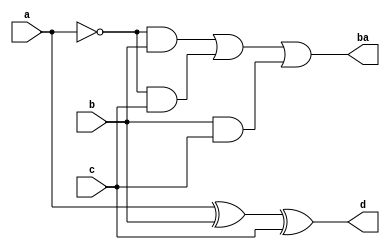
`timescale 1ns / 1ps
//////////////////////////////////////////////////////////////////////////////////

// ID     : N180116
//Branch  : ECE
//Project : RTL design using Verilog
//Title   : Full substractor using Gate Level Model
//Module  : Design module
//RGUKT NUZVID 
//////////////////////////////////////////////////////////////////////////////////


module fs_gl(a,b,c,ba,d);
input a,b,c;
output ba,d;

wire [4:0]w;
not n1(w[1],a);

xor x1(w[0],a,b);
xor x2(d,w[0],c);

and a1(w[2],w[1],b);
and a2(w[3],w[1],c);
and a3(w[4],b,c);

or o1(ba,w[2],w[3],w[4]);
endmodule